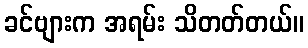
ခင်ဗျားက အရမ်း သိတတ်တယ်။